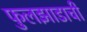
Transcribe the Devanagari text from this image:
फुलझाडाची